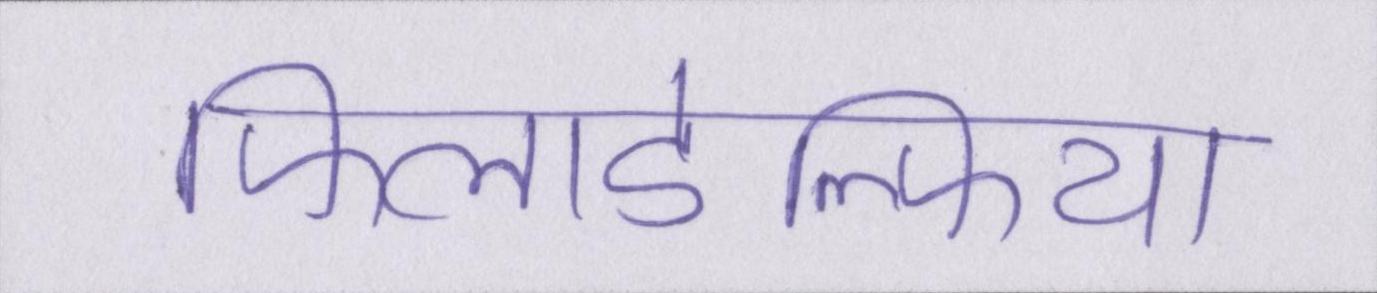
फिलाडेल्फिया